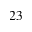
^ { 2 3 }